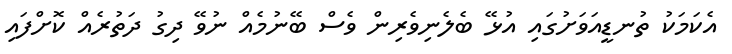
އެކަމަކު ތުނޑީއަވަށުގައި އުޅޭ ބެލެނިވެރިން ވެސް ބޭނުމެއް ނުވޭ ދިގު ދަތުރެއް ކޮށްފައި